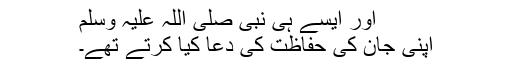
اور ایسے ہی نبی صلی اللہ علیہ وسلم
اپنی جان کی حفاظت کی دعا کیا کرتے تھے۔